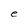
Character: e